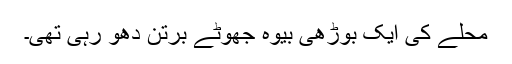
محلے کی ایک بوڑھی بیوہ جھوٹے برتن دھو رہی تھی۔